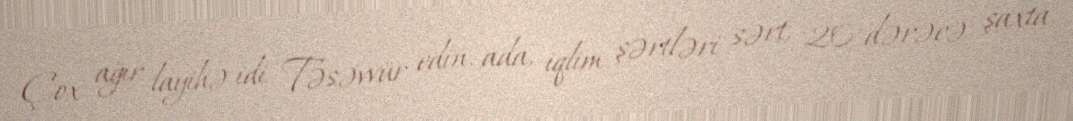
Çox ağır layihə idi. Təsəvvür edin, ada, iqlim şərtləri sərt, 20 dərəcə şaxta,